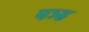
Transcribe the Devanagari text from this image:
पञ्ह